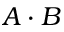
A \cdot B